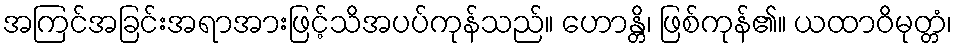
အကြင်အခြင်းအရာအားဖြင့်သိအပပ်ကုန်သည်။ ဟောန္တိ၊ ဖြစ်ကုန်၏။ ယထာဝိမုတ္တံ၊